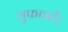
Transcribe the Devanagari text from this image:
गुफाओं।